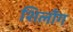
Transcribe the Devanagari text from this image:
शिलॉँग